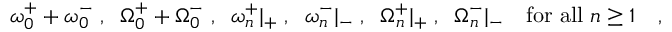
\omega _ { 0 } ^ { + } + \omega _ { 0 } ^ { - } \; , \; \; \Omega _ { 0 } ^ { + } + \Omega _ { 0 } ^ { - } \; , \; \; \omega _ { n } ^ { + } | _ { + } \; , \; \; \omega _ { n } ^ { - } | _ { - } \; , \; \; \Omega _ { n } ^ { + } | _ { + } \; , \; \; \Omega _ { n } ^ { - } | _ { - } \quad \mathrm { f o r ~ a l l ~ } n \geq 1 \quad ,